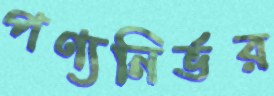
পণ্যনির্ভর